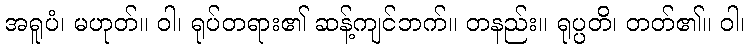
အရူပံ၊ မဟုတ်။ ဝါ၊ ရုပ်တရား၏ ဆန့်ကျင်ဘက်။ တနည်း။ ရုပ္ပတိ၊ တတ်၏။ ဝါ၊